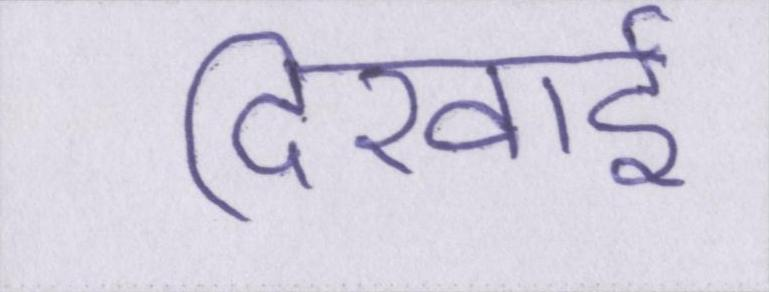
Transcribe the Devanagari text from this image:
दिखाई